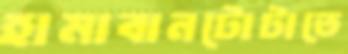
হামাবানটোটাতে